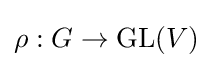
\rho :G\to \operatorname {GL} (V)